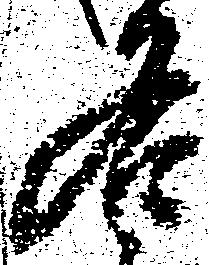
名